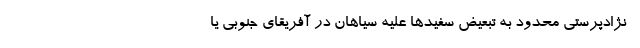
- نژادپرستی محدود به تبعیض سفیدها علیه سیاهان در آفریقای جنوبی یا